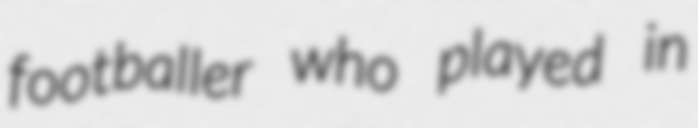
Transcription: footballer who played in